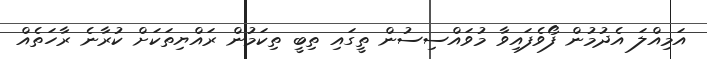
އަމިއްލަ އެދުމުން ފޯވެފައިވާ މުވައްސިސުން ތީގައި ތިބީ ތިކަމުން ރައްޔިތަކަށް ކުރާނެ ރާހަތެއް